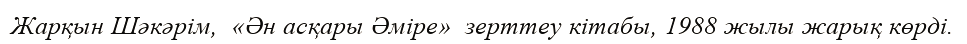
Жарқын Шәкәрім,  «Ән асқары Әміре»  зерттеу кітабы, 1988 жылы жарық көрді.